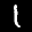
Label: 1